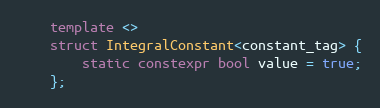
Language: C++
    template <>
    struct IntegralConstant<constant_tag> {
        static constexpr bool value = true;
    };